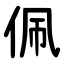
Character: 佩